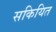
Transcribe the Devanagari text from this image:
सकियित